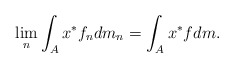
\begin{align*}\lim_n \int_{A} x^*f_ndm_n = \int_{A} x^*fdm.\end{align*}